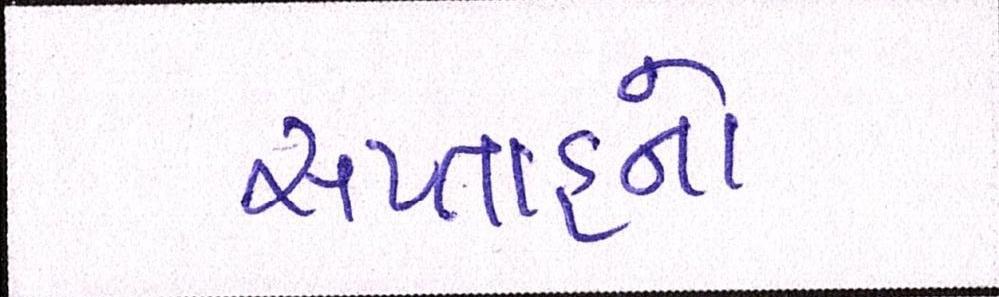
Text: સપ્તાહનો